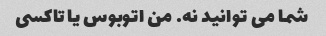
شما می توانید نه. من اتوبوس یا تاکسی